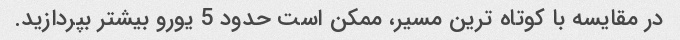
در مقایسه با کوتاه ترین مسیر، ممکن است حدود 5 یورو بیشتر بپردازید.